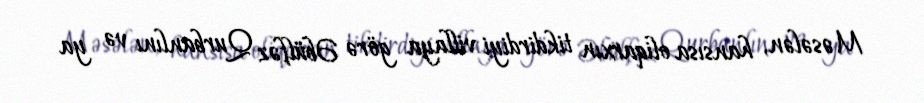
Məsələn, hansısa oliqarxın tikdirdiyi villaya görə Əbülfəz Qurbanlını və ya